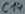
Text: C14